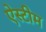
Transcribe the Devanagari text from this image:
ऐस्टीम